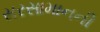
સરસામાનની